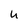
Character: u